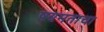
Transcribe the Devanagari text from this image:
षण्मताचा